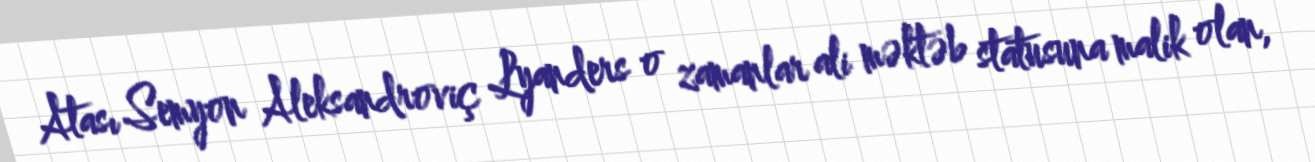
Atası Semyon Aleksandroviç Lyanders o zamanlar ali məktəb statusuna malik olan,